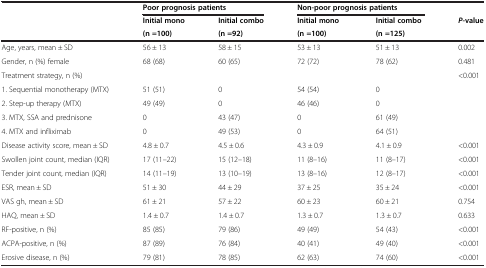
<table><thead><tr><td></td><td colspan="2"><b>Poor prognosis patients</b></td><td colspan="2"><b>Non-poor prognosis patients</b></td><td></td></tr><tr><td rowspan="2"></td><td><b>Initial mono</b></td><td><b>Initial combo</b></td><td><b>Initial mono</b></td><td><b>Initial combo</b></td><td><b><i>P</i>-value</b></td></tr><tr><td><b>(n =100)</b></td><td><b>(n =92)</b></td><td><b>(n =100)</b></td><td><b>(n =125)</b></td><td></td></tr></thead><tbody><tr><td>Age, years, mean ± SD</td><td>56 ± 13</td><td>58 ± 15</td><td>53 ± 13</td><td>51 ± 13</td><td>0.002</td></tr><tr><td>Gender, n (%) female</td><td>68 (68)</td><td>60 (65)</td><td>72 (72)</td><td>78 (62)</td><td>0.481</td></tr><tr><td>Treatment strategy, n (%)</td><td></td><td></td><td></td><td></td><td>&lt;0.001</td></tr><tr><td>1. Sequential monotherapy (MTX)</td><td>51 (51)</td><td>0</td><td>54 (54)</td><td>0</td><td></td></tr><tr><td>2. Step-up therapy (MTX)</td><td>49 (49)</td><td>0</td><td>46 (46)</td><td>0</td><td></td></tr><tr><td>3. MTX, SSA and prednisone</td><td>0</td><td>43 (47)</td><td>0</td><td>61 (49)</td><td></td></tr><tr><td>4. MTX and infliximab</td><td>0</td><td>49 (53)</td><td>0</td><td>64 (51)</td><td></td></tr><tr><td>Disease activity score, mean ± SD</td><td>4.8 ± 0.7</td><td>4.5 ± 0.6</td><td>4.3 ± 0.9</td><td>4.1 ± 0.9</td><td>&lt;0.001</td></tr><tr><td>Swollen joint count, median (IQR)</td><td>17 (11–22)</td><td>15 (12–18)</td><td>11 (8–16)</td><td>11 (8–17)</td><td>&lt;0.001</td></tr><tr><td>Tender joint count, median (IQR)</td><td>14 (11–19)</td><td>13 (10–19)</td><td>13 (8–16)</td><td>12 (8–17)</td><td>&lt;0.001</td></tr><tr><td>ESR, mean ± SD</td><td>51 ± 30</td><td>44 ± 29</td><td>37 ± 25</td><td>35 ± 24</td><td>&lt;0.001</td></tr><tr><td>VAS gh, mean ± SD</td><td>61 ± 21</td><td>57 ± 22</td><td>60 ± 23</td><td>60 ± 21</td><td>0.754</td></tr><tr><td>HAQ, mean ± SD</td><td>1.4 ± 0.7</td><td>1.4 ± 0.7</td><td>1.3 ± 0.7</td><td>1.3 ± 0.7</td><td>0.633</td></tr><tr><td>RF-positive, n (%)</td><td>85 (85)</td><td>79 (86)</td><td>49 (49)</td><td>54 (43)</td><td>&lt;0.001</td></tr><tr><td>ACPA-positive, n (%)</td><td>87 (89)</td><td>76 (84)</td><td>40 (41)</td><td>49 (40)</td><td>&lt;0.001</td></tr><tr><td>Erosive disease, n (%)</td><td>79 (81)</td><td>78 (85)</td><td>62 (63)</td><td>74 (60)</td><td>&lt;0.001</td></tr></tbody></table>